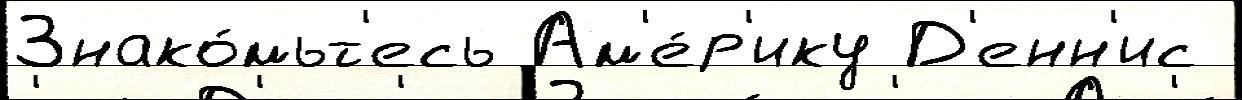
Знако́мьт'есь Ам'е́р'ику Д'енн'ис